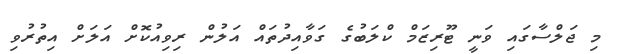
މި ޖަލްސާގައި ވަނީ ޓޫރިޒަމް ކްލަބުގެ ގަވާއިދުތައް އަލުން ރިވިއުކޮށް އަލަށް އިތުރުވި